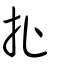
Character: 扯